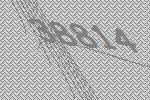
38814